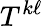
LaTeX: T^{k\ell}